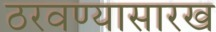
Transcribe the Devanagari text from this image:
ठरवण्यासारख